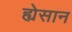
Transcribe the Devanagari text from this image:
ह्येसान